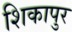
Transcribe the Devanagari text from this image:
शिकापुर